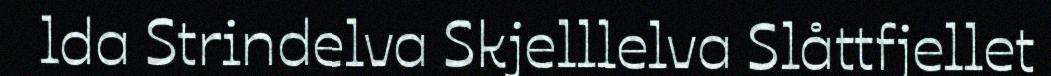
lda Strindelva Skjelllelva Slåttfjellet